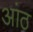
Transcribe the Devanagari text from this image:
आंठ